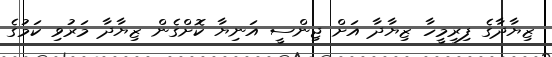
ޒިޔާދާގެ ފިރިމީހާ ޒިޔާދާ އަށް ޖިންސީ އަނިޔާ ކޮށްގެން ޒިޔާދާ މަރުވި ކަމުގެ